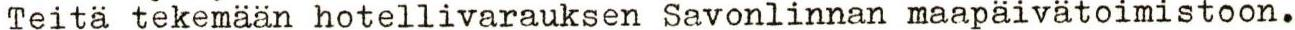
Teitä tekemään hotellivarauksen Savonlinnan maapäivätoimistoon.